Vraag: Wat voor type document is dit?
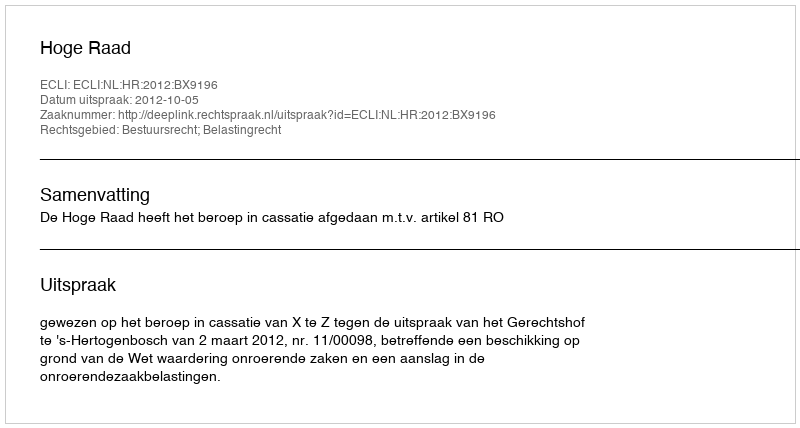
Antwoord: Uitspraak